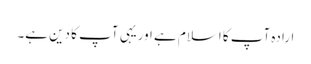
ارادہ آپ کا اسلام ہے اوریہی آپ کا دین ہے۔